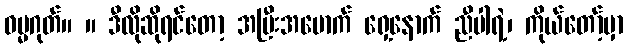
ဓမ္မဂုတ်။ ။ ဒီလိုဆိုရင်တော့ အမြီးအမောက် ရှေ့နောက် ညီပါရဲ့၊ ကိုယ်တော့်မှာ